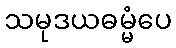
သမုဒယဓမ္မံပေ